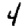
Digit: 4